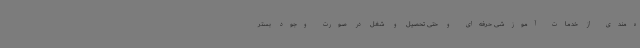
ه‌مندی از خدمات آموزشی حرفه‌ای و حتی تحصیل و شغل در صورت وجود بستر